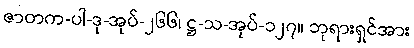
ဇာတက-ပါ-ဒု-အုပ်-၂၆၆၊ ဋ္ဌ-သ-အုပ်-၁၂၇။ ဘုရားရှင်အား